Mental hospitals Bombay report 1929-33 - 1929-1933
Year: 1929
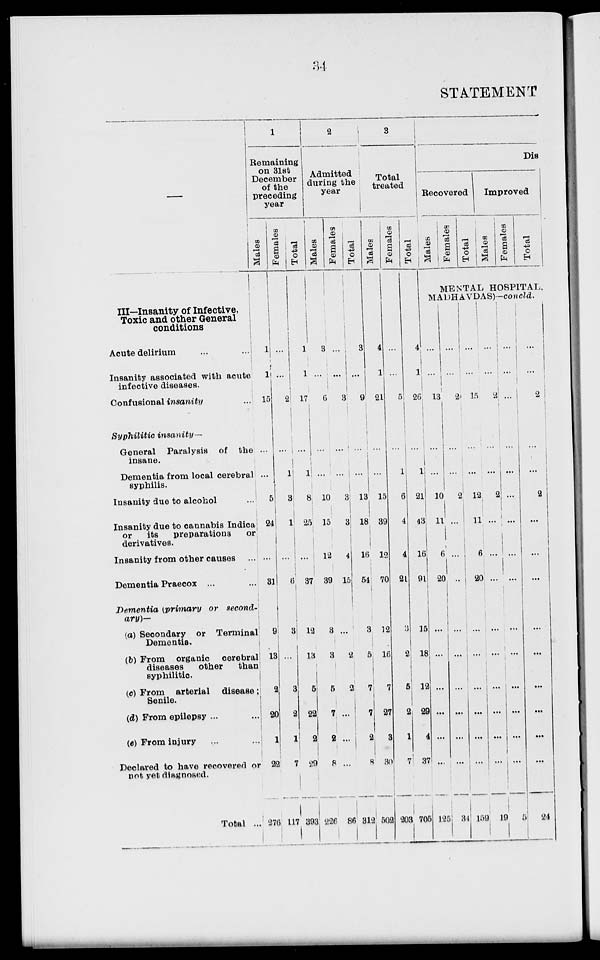
34
STATEMENT
III—Insanity of Infective,
Toxic and other General
conditions
Acute delirium
...
...
Insanity associated with acute
infective diseases.
Confusional insanity ...
Syphilitic insanity—
General
Paralysis
of the
insane.
Dementia from local cerebral
syphilis.
Insanity due to alcohol ...
Insanity due to cannabis Indica ...
or
its
preparations
or
derivatives.
Insanity from other causes ...
Dementia Praecox ... ...
Dementia (primary or second-
ary)—
(a) Secondary or Terminal
Dementia.
(b) From
organic
cerebral
diseases
other
that
syphilitic.
(c) From
arterial
disease ;
Senile.
(d) From epilepsy ... ...
(e) From injury ... ...
Declared to have recovered or
not yet diagnosed.
Total ..
1
Remaining
on 31st
December
of the
preceding
year
Males
1
1
15
...
...
5
24
...
31
9
13
2
20
1
22
276
Fe ma l
e s
...
...
2
...
1
3
1
...
6
3
...
3
2
1
7
117
Tot al
1
1
17
...
1
8
25
...
37
12
13
5
2
1
29
393
2
Admitted
during the
year
Males
3
...
6
...
...
10
15
12
39
3
3
5
2
2
8
226
Females
...
...
3
...
...
3
5
4
15
...
3
5
7
...
...
86
Total
3
...
9
...
...
13
18
16
5
3
5
2
...
...
8
312
3
Total
treated
Males
4
1
21
...
...
15
39
12
70
12
16
7
27
2
30
502
Females
...
...
5
...
1
6
4
4
21
3
2
5
2
1
7
203
Tot al
...
...
26
...
1
21
43
16
91
15
18
12
29
4
37
705
Dis
Recovered
Males
Females
Total
Improved
Males
Females
Total
MENTAL HOSPITAL,
MADHAVDAS) -concld.
...
...
13
...
...
10
11
6
20
...
...
...
...
...
...
125
...
...
2
...
...
2
...
...
...
...
...
...
...
...
...
34
...
...
15
...
...
12
11
6
20
...
...
...
...
...
...
159
...
...
2
...
...
2
...
...
...
...
...
...
...
...
...
19
...
...
...
...
...
...
11
...
...
...
...
...
...
...
...
5
...
...
2
...
...
2
...
...
...
...
...
...
...
...
...
24